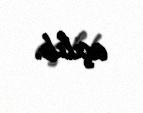
açılıb.